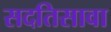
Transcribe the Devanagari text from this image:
सदतिसावा